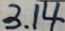
3 . 1 4